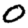
Digit: 0